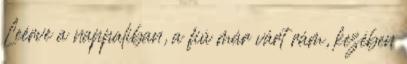
Leérve a nappaliban, a fiú már várt rám, kezében